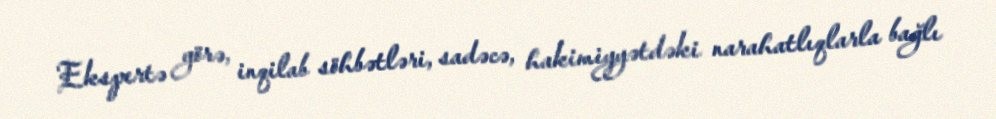
Ekspertə görə, inqilab söhbətləri, sadəcə, hakimiyyətdəki narahatlıqlarla bağlı